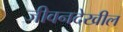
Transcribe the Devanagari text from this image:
जीवनदेखील